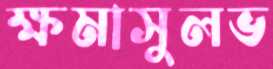
ক্ষমাসুলভ